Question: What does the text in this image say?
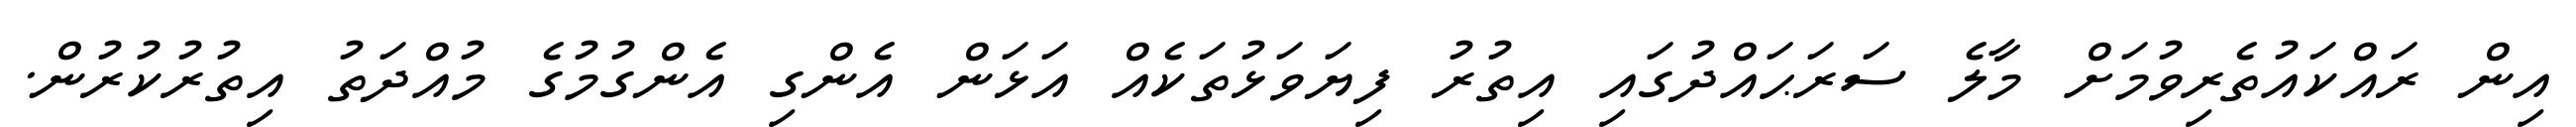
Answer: އިން ރައްކައުތެރިވުމަށް މާލެ ސަރަޙައްދުގައި އިތުރު ފިޔަވަޅުތަކެއް އަޅަން އެންގި އެންގުމުގެ މުއްދަތު އިތުރުކުރުން.